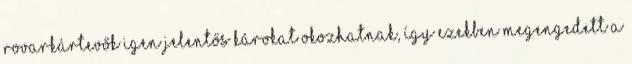
rovarkártevők igen jelentős károkat okozhatnak, így ezekben megengedett a